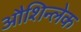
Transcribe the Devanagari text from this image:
औशिन्लेक